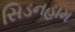
સિડનહામ